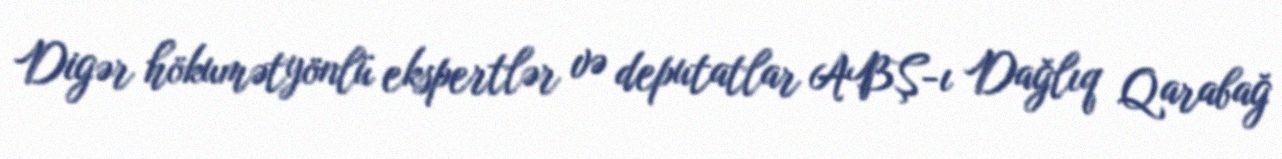
Digər hökumətyönlü ekspertlər və deputatlar ABŞ-ı Dağlıq Qarabağ